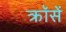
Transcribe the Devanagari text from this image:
क्रॉसें